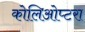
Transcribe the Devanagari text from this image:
कोलिओप्टरा